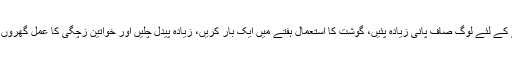
ڈاکٹر زرکون نے بتایا کہ ’’گردوں کی بیماریوں سے بچنے کے لئے لوگ صاف پانی زیادہ پئیں، گوشت کا استعمال ہفتے میں ایک بار کریں، زیادہ پیدل چلیں اور خواتین زچگی کا عمل گھروں میں نہیں بلکہ اسپتالوں یا دیہی صحت مرکز سے کروائیں‘‘۔